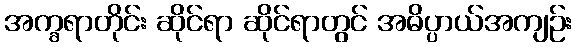
အက္ခရာတိုင်း ဆိုင်ရာ ဆိုင်ရာတွင် အဓိပ္ပာယ်အကျဉ်း